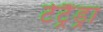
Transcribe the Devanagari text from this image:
टेट्रैंड्रा